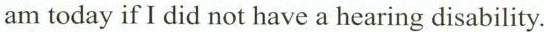
am today ifI did not have a bearing disabiliy.